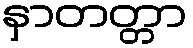
နှာတတ္တာ